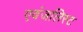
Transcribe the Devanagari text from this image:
एवंजलिस्ट